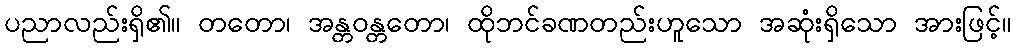
ပညာလည်းရှိ၏။ တတော၊ အန္တဝန္တတော၊ ထိုဘင်ခဏတည်းဟူသော အဆုံးရှိသော အားဖြင့်။